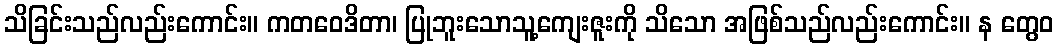
သိခြင်းသည်လည်းကောင်း။ ကတဝေဒိတာ၊ ပြုဘူးသောသူ့ကျေးဇူးကို သိသော အဖြစ်သည်လည်းကောင်း။ န တွေဝ